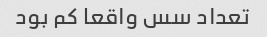
تعداد سس واقعا کم بود